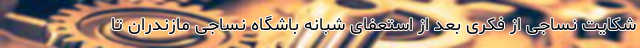
شکایت نساجی از فکری بعد از استعفای شبانه باشگاه نساجی مازندران تا